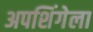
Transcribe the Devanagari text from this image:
अपशिंगेला